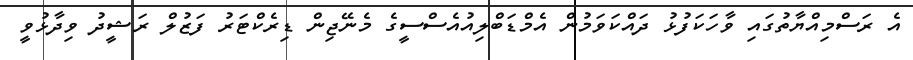
އެ ރަސްމިއްޔާތުގައި ވާހަކަފުޅު ދައްކަވަމުން އެމްޑަބްލިއުއެސްސީގެ މެނޭޖިން ޑިރެކްޓަރު ފަޒުލް ރަޝީދު ވިދާޅުވީ